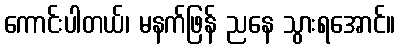
ကောင်းပါတယ်၊ မနက်ဖြန် ညနေ သွားရအောင်။